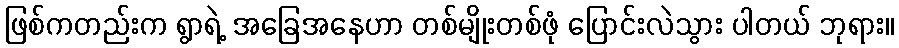
ဖြစ်ကတည်းက ရွာရဲ့ အခြေအနေဟာ တစ်မျိုးတစ်ဖုံ ပြောင်းလဲသွား ပါတယ် ဘုရား။